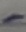
Text: -